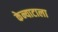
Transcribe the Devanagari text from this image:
केन्याटाला